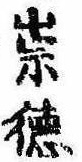
崇徳